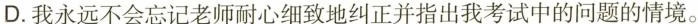
D.我永远不会忘记老师耐心细致地纠正并指出我考试中的问题的情境。